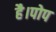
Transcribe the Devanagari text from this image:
है।पोप